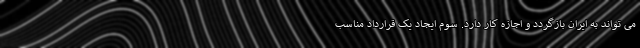
می تواند به ایران بازگردد و اجازه کار دارد. سوم ایجاد یک قرارداد مناسب